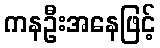
ကနဦးအနေဖြင့်